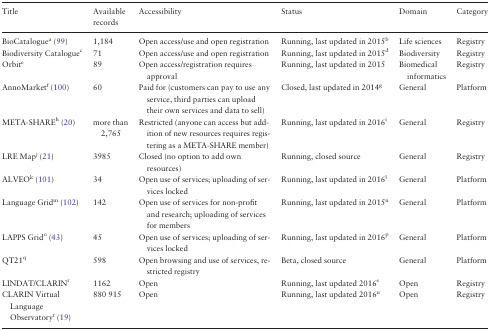
<table><thead><tr><td><b>Title</b></td><td><b>Available records</b></td><td><b>Accessibility</b></td><td><b>Status</b></td><td><b>Domain</b></td><td><b>Category</b></td></tr></thead><tbody><tr><td>BioCatalogue<sup>a</sup> (99)</td><td>1,184</td><td>Open access/use and open registration</td><td>Running, last updated in 2015<sup>b</sup></td><td>Life sciences</td><td>Registry</td></tr><tr><td>Biodiversity Catalogue<sup>c</sup></td><td>71</td><td>Open access/use and open registration</td><td>Running, last updated in 2015<sup>d</sup></td><td>Biodiversity</td><td>Registry</td></tr><tr><td>Orbit<sup>e</sup></td><td>89</td><td>Open access/registration requires approval</td><td>Running, last updated in 2015</td><td>Biomedical informatics</td><td>Registry</td></tr><tr><td>AnnoMarket<sup>f</sup> (100)</td><td>60</td><td>Paid for (customers can pay to use any service, third parties can upload their own services and data to sell)</td><td>Closed, last updated in 2014<sup>g</sup></td><td>General</td><td>Platform</td></tr><tr><td>META-SHARE<sup>h</sup> (20)</td><td>more than 2,765</td><td>Restricted (anyone can access but addition of new resources requires registering as a META-SHARE member)</td><td>Running, last updated in 2016<sup>i</sup></td><td>General</td><td>Registry</td></tr><tr><td>LRE Map<sup>j</sup> (21)</td><td>3985</td><td>Closed (no option to add own resources)</td><td>Running, closed source</td><td>General</td><td>Registry</td></tr><tr><td>ALVEO<sup>k</sup> (101)</td><td>34</td><td>Open use of services; uploading of services locked</td><td>Running, last updated in 2016<sup>l</sup></td><td>General</td><td>Platform</td></tr><tr><td>Language Grid<sup>m</sup> (102)</td><td>142</td><td>Open use of services for non-profit and research; uploading of services for members</td><td>Running, last updated in 2015<sup>n</sup></td><td>General</td><td>Platform</td></tr><tr><td>LAPPS Grid<sup>o</sup> (43)</td><td>45</td><td>Open use of services; uploading of services locked</td><td>Running, last updated in 2016<sup>p</sup></td><td>General</td><td>Platform</td></tr><tr><td>QT21<sup>q</sup></td><td>598</td><td>Open browsing and use of services, restricted registry</td><td>Beta, closed source</td><td>General</td><td>Platform</td></tr><tr><td>LINDAT/CLARIN<sup>r</sup></td><td>1162</td><td>Open</td><td>Running, last updated 2016<sup>s</sup></td><td>Open</td><td>Registry</td></tr><tr><td>CLARIN Virtual Language Observatory<sup>t</sup> (19)</td><td>880 915</td><td>Open</td><td>Running, last updated 2016<sup>u</sup></td><td>Open</td><td>Registry</td></tr></tbody></table>